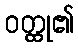
ဝတ္ထု၏